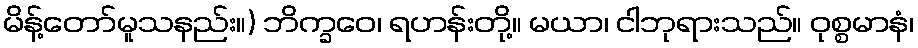
မိန့်တော်မူသနည်း။) ဘိက္ခဝေ၊ ရဟန်းတို့။ မယာ၊ ငါဘုရားသည်။ ဝုစ္စမာနံ၊